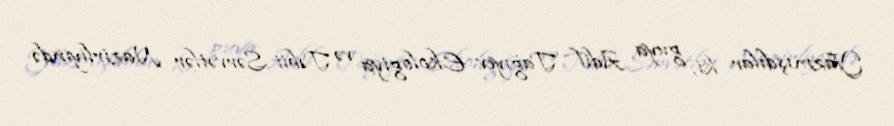
Yazmışdılar ki, guya Adil Tağıyev Ekologiya və Təbii Sərvətlər Nazirliyində